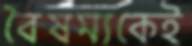
বৈষম্যকেই